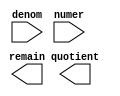
module div_16 (
	denom,
	numer,
	quotient,
	remain);

	input	[15:0]  denom;
	input	[15:0]  numer;
	output	[15:0]  quotient;
	output	[15:0]  remain;

endmodule